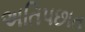
અતિપછાત